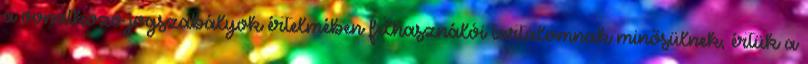
a vonatkozó jogszabályok értelmében felhasználói tartalomnak minősülnek, értük a